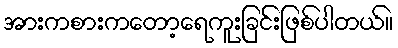
အားကစားကတော့ရေကူးခြင်းဖြစ်ပါတယ်။